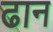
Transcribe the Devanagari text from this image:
ढान